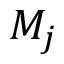
M _ { j }